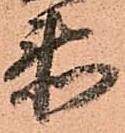
衛